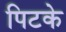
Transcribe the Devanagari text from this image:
पिटके